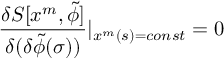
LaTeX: \frac { \delta S [ x ^ { m } , \widetilde { \phi } ] } { \delta ( \delta \widetilde { \phi } ( \sigma ) ) } | _ { x ^ { m } ( s ) = c o n s t } = 0